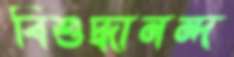
বিশুদ্ধানন্দ